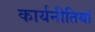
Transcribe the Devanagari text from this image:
कार्यनीतियां